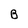
Character: B